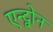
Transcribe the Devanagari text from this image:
एन्ट्वोन